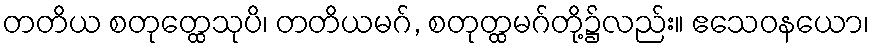
တတိယ စတုတ္ထေသုပိ၊ တတိယမဂ်, စတုတ္ထမဂ်တို့၌လည်း။ ဧသေဝနယော၊